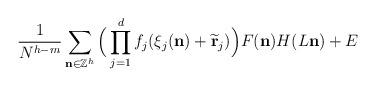
LaTeX: \begin{align*}\frac{1}{N^{h-m}} \sum\limits_{\mathbf{n}\in\mathbb{Z}^h}\Big(\prod\limits_{j=1}^d f_j(\xi_j(\mathbf{n}) + \widetilde{\mathbf{r}}_j)\Big) F(\mathbf{n}) H(L\mathbf{n} ) + E\end{align*}